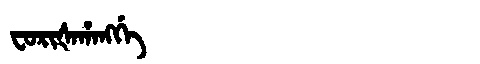
Manchu: ᠸᠣᡵᡳᡧᠠᡥᠠᠩᡤᡝ
Romanization: FORIŠAHANGGE